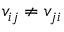
v _ { i j } \neq v _ { j i }